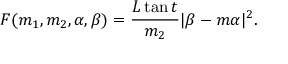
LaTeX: F ( m _ { 1 } , m _ { 2 } , \alpha , \beta ) = \frac { L \tan t } { m _ { 2 } } | \beta - m \alpha | ^ { 2 } .